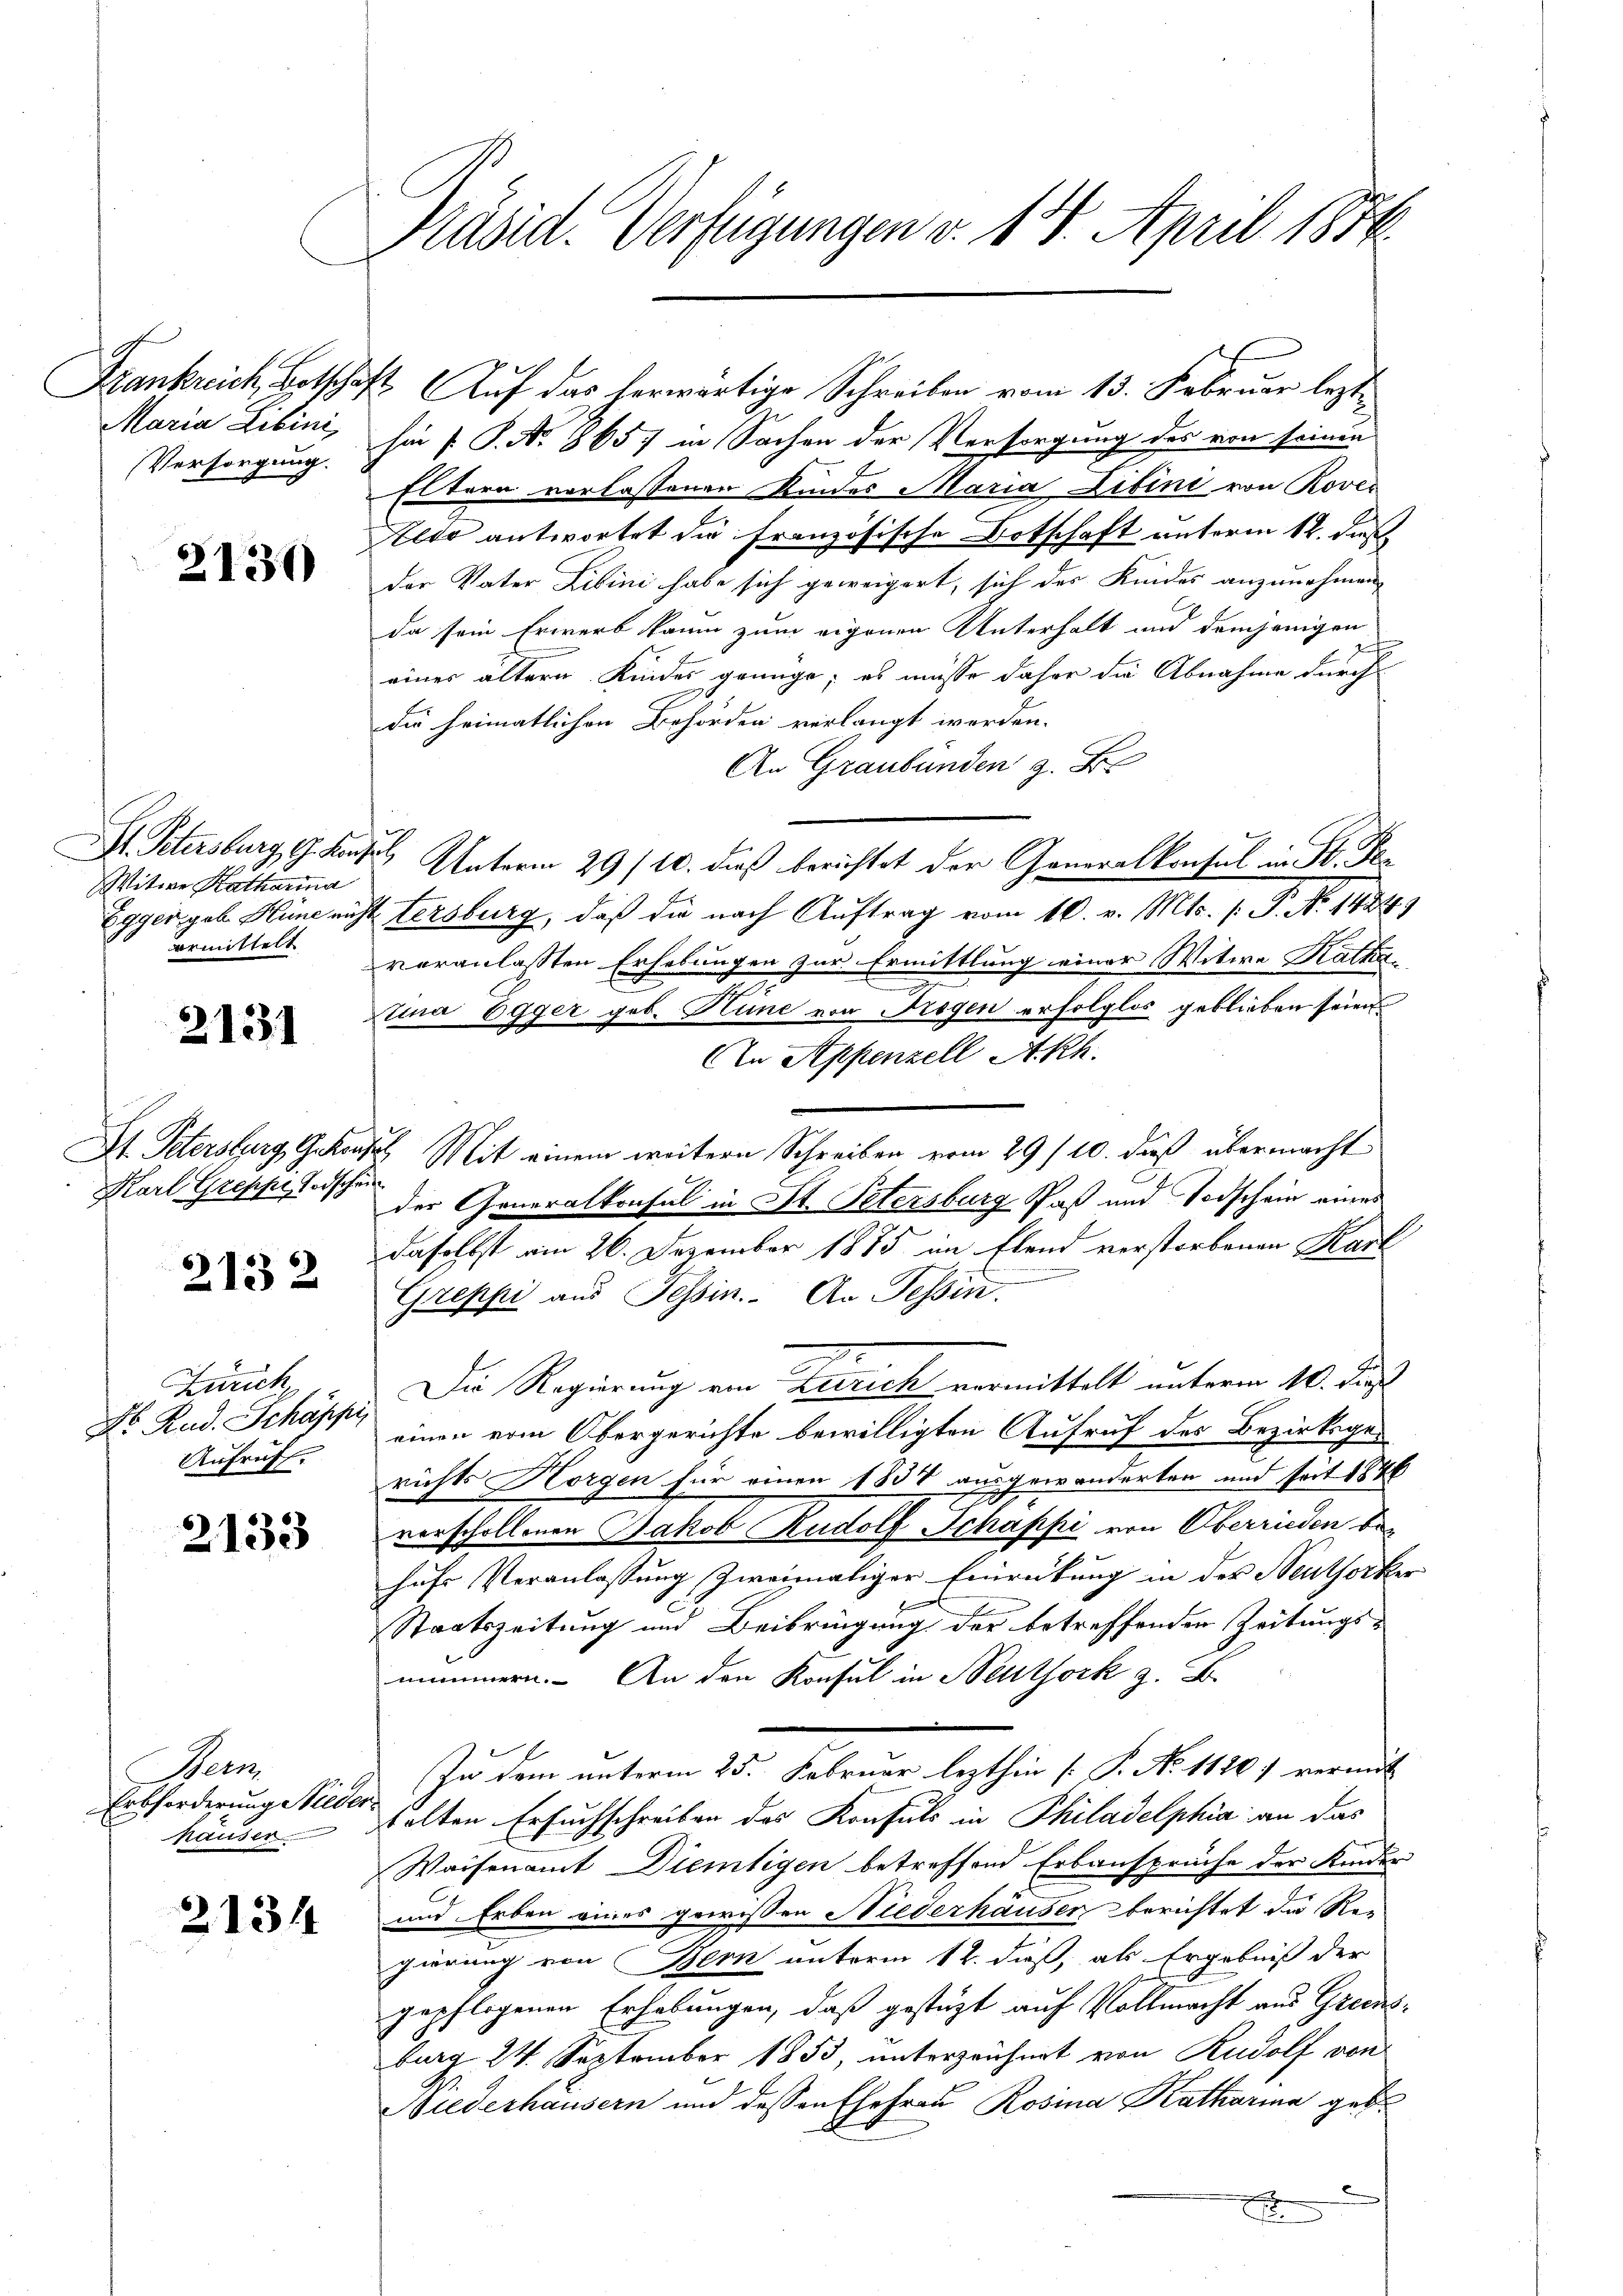
Frankreich, Betschaf
Maria Libini,
Versorgung.

2130

H. Petersburg, G. Fin
Witwe Katharina
Egger geb. Hüne mich
armittelt

2131

St. Petersburg, Gehen
Karl Groschen Todschen

2132

Zürich
No Rud. Schäppi,
Aufruft.

2133

Bern
Erbforderung Niede
häuser

2134

Präsid. Verfügungen v. 14. April 1876.

sie f. P. No. 865 in Sachen der Versorgung des von seinen
Eltern verlassenen Kindes Maria Libini von Rover
Aldo antwortet die französische Botschaft unterm 12. des
der Vater Libini habe sich geweigert, sich des Kindes anzunehmen
da sein Erwerb kaum zum eigenen Unterhalt und demjenigen
einer ältern Kindes genüge; es müsse daher die Abnahme durch
die heimatlichen Behörden verlangt worden.
An Graubünden z. B.
 Unterm 29/10. dieß berichtet der Generalkonsul in H. Fe
tersburg, daß die nach Auftrag vom 10. v. Mts. (: P. Nr. 14241)
veranlassten Erhebungen zur Ermittlung einer Witwe Kathae
tina Egger geb. Hune von Fragen erfolglos geblieben seien.
n Appenzell A.Rh.
I. Mit einem weitern Schreiben vom 29/10. dieß übermacht
der Generalkonsul in St. Petersburg Paß und Todschein eines
daselbst am 26. Dezember 1885 im Elend verstorbenen Karl
m
Greppi aus Tessin. An Tessin.
Die Regierung ein Zürich vermittelt unterm 10. Fuß
einen vom Obergerichte bewilligten Aufruf des Bezirksgerichts Horgen für einen 1857 ausgewanderten und seit 1846
vorschollenen Jakob Rudolf Schappi von Oberrieden behufs Veranlassung zweimaliger Einrückung in der Neuthorker
Staatszeitung und Beibringung der betreffenden Zeitungs-
mimmern. An den Konsul in Neuthork z. B.
Zu dem unterm 25. Februar lezthin [P. No 1126) vermit
talten Ersuchschreiben des Konsuls in Philadelphia an das
Waisenamt Dientigen betreffend Erbansprüche der Kinder
und Erben eines gewissen Niederhäuser berichtet die Re-
gierung von Bern unterm 12. dieß, als Ergebniß der
gepflogenen Erhebungen, daß gestüzt auf Vollmacht aus Greisburg 24. September 1853, unterzeichnet von Rudolf von
Biederhäusern und dessen Ehefrau Rosina Katharina gebe
x

1. Auf das herwärtige Schreiben vom 13. Februar lezte